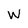
Character: W